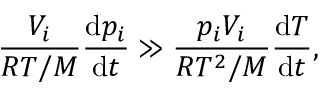
\frac { V _ { i } } { R T / M } \frac { \mathrm { d } p _ { i } } { \mathrm { d } t } \gg \frac { p _ { i } V _ { i } } { R T ^ { 2 } / M } \frac { \mathrm { d } T } { \mathrm { d } t } ,